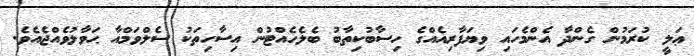
ޢަލީ ކުރަމުން ގެންދާ އެންމެހައި ވިޔަފާރިއެއްގެ ހިސާބުކިތާބު ބެލެހެއްޓުން އިސާހިތަކު ސެލްވަމްއާ ޙަވާލުވެއްޖެއެވެ.